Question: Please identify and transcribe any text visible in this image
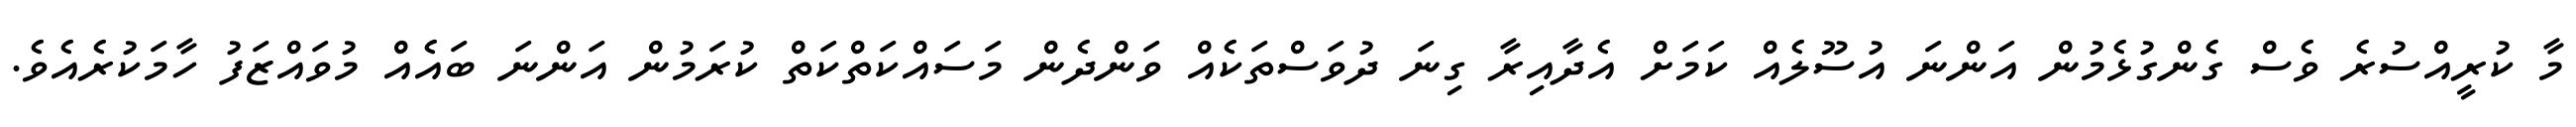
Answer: މާ ކުރީއްސުރެ ވެސް ގެންގުޅެމުން އަންނަ އުސޫލެއް ކަމަށް އެދާއިރާ ގިނަ ދުވަސްތަކެއް ވަންދެން މަސައްކަތްކަތް ކުރަމުން އަންނަ ބައެއް މުވައްޒަފު ހާމަކުރެއެވެ.